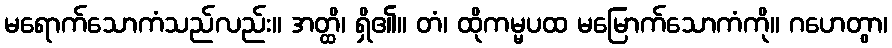
မရောက်သောကံသည်လည်း။ အတ္ထိ၊ ရှိ၏။ တံ၊ ထိုကမ္မပထ မမြောက်သောကံကို။ ဂဟေတွာ၊